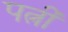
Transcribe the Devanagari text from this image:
पत्नीं